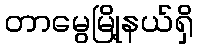
တာမွေမြို့နယ်ရှိ